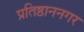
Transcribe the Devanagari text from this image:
प्रतिष्ठाननगर